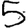
Digit: 5